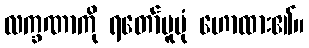
လက္ခဏာကို ရတော်မူပုံ ဟောထား၏။